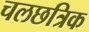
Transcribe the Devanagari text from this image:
चलछत्रिक